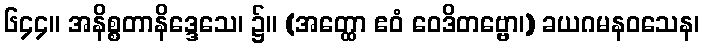
၆၄၄။ အနိစ္စတာနိဒ္ဒေသေ၊ ၌။ (အတ္ထော ဧဝံ ဝေဒိတဗ္ဗော၊) ခယဂမနဝသေန၊